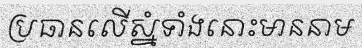
ប្រធានលើស្នំទាំងនោះមាននាម